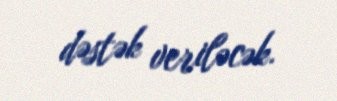
dəstək veriləcək.